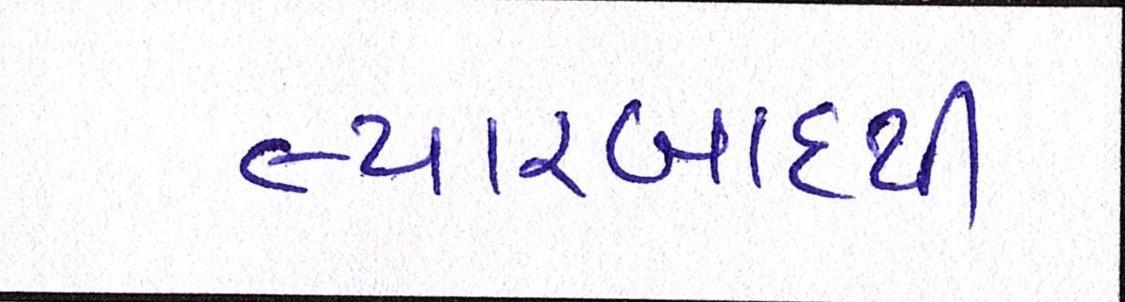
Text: ત્યારબાદથી